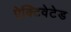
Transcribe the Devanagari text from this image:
ऐक्टिवेटेड